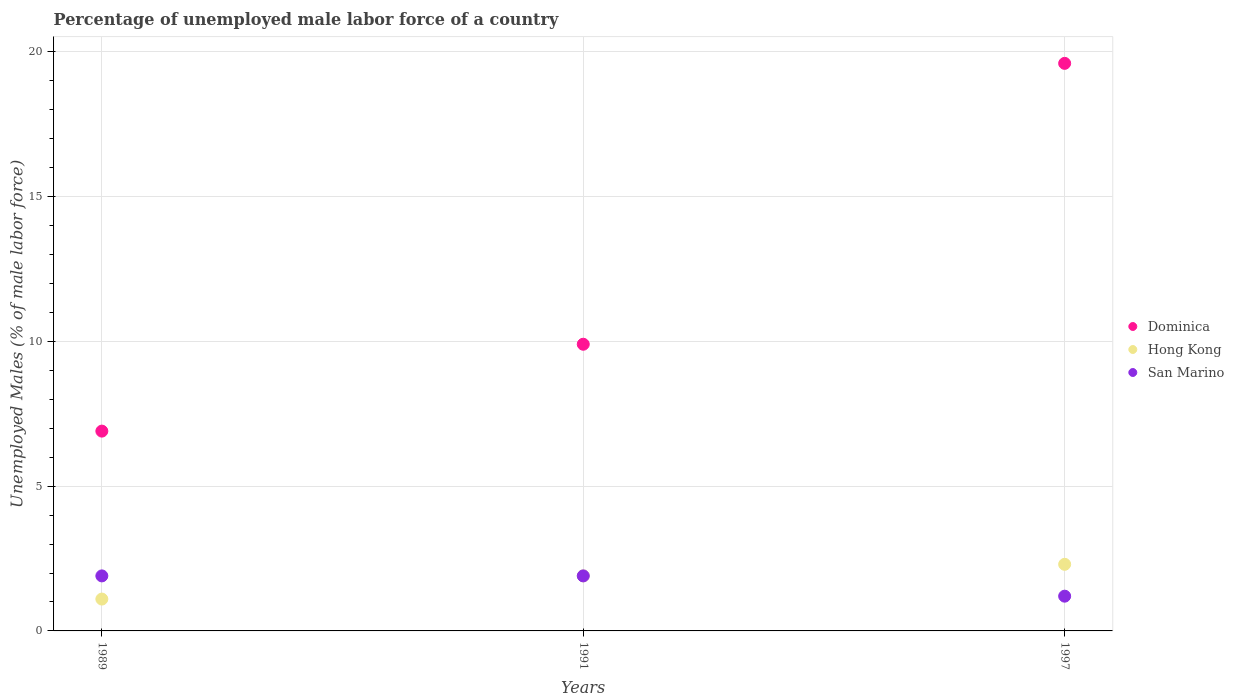
| Years | Dominica | Hong Kong | San Marino |
 | --- | --- | --- | --- |
 | 1989 | 6.9 | 1.1 | 1.9 |
 | 1991 | 9.9 | 1.9 | 1.9 |
 | 1997 | 19.6 | 2.3 | 1.2 |